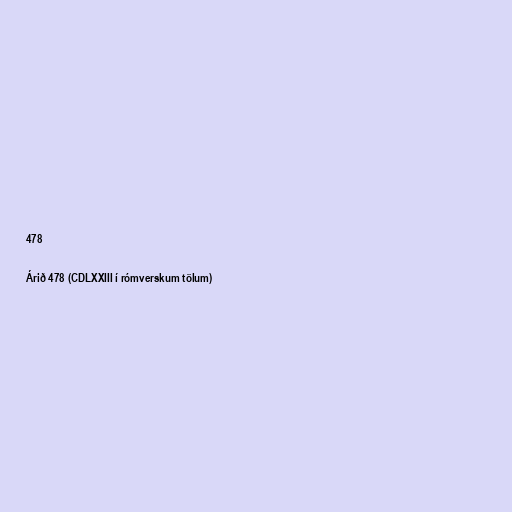
478

Árið 478 (CDLXXIII í rómverskum tölum)